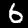
Label: 6